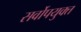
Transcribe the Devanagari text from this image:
सर्वोपयुक्त